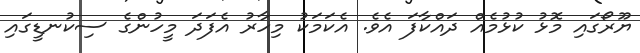
ޔޫރޯގައި މޮޅު ކުޅުމެއް ދައްކާފަ އެވެ. އެކަމަކު މިހާރު އެފަދަ މީހުންގެ ސިކުނޑީގައި